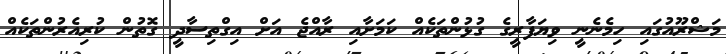
މަޝްރޫއުގައި ހިމެނެނީ ވިޔަފާރީގެ ގުޅުންތަކެއް ކަމަށާއި ރާއްޖެ އަށް އިގްތިސާދީ ގޮތުން ކުރިއެރުންތަކެއް